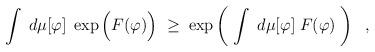
LaTeX: \begin{align*}\int \; d\mu[\varphi] \; \exp \Big( F (\varphi) \Big) \; \geq \;\exp \left( \; \int \; d\mu[\varphi] \; F (\varphi) \; \right) \; \; ,\end{align*}